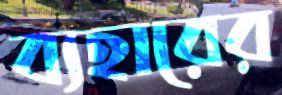
ব্যহারের